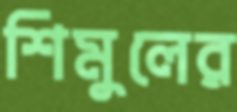
শিমুলের